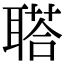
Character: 𦖿